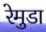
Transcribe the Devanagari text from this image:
रेमुडा